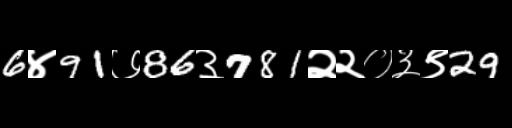
Text: 6४91७86३781२२०३९29